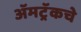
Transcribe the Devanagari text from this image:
ॲमट्रॅकचे